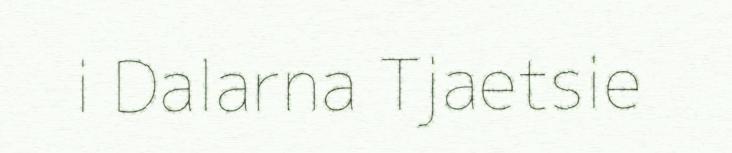
i Dalarna Tjaetsie